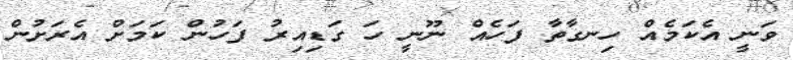
ވަނީ އެކަމެއް ހިނގާތާ ފަހެއް ނޫނީ ހަ ގަޑިއިރު ފަހުން ކަމަށް އެރަށުން